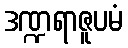
ဒဏ္ဍရာဇူပမံ